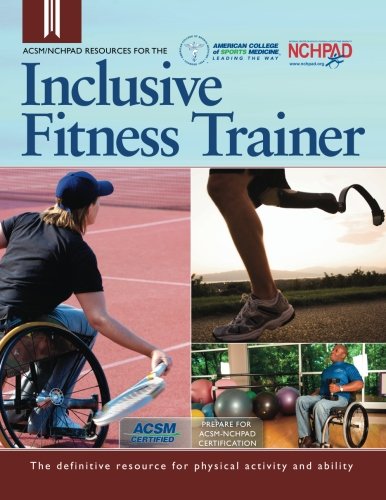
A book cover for ACSM/NCHPAD Resources for the Inclusive Fitness Trainer; Cary Wing; Health, Fitness & Dieting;